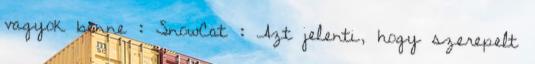
vagyok benne : SnowCat : Azt jelenti, hogy szerepelt